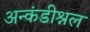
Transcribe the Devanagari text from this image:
अन्कंडीश्नल